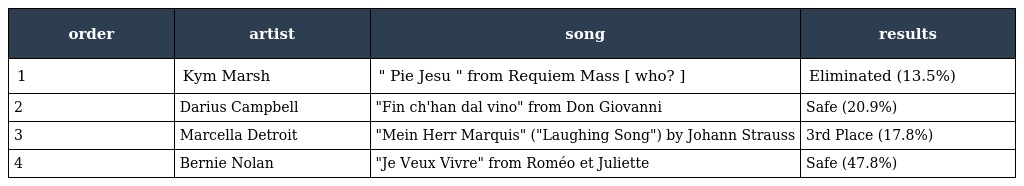
| order | artist | song | results |
 | --- | --- | --- | --- |
 | 1 | Kym Marsh | " Pie Jesu " from Requiem Mass [ who? ] | Eliminated (13.5%) |
 | 2 | Darius Campbell | "Fin ch'han dal vino" from Don Giovanni | Safe (20.9%) |
 | 3 | Marcella Detroit | "Mein Herr Marquis" ("Laughing Song") by Johann Strauss | 3rd Place (17.8%) |
 | 4 | Bernie Nolan | "Je Veux Vivre" from Roméo et Juliette | Safe (47.8%) |